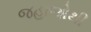
જહાજોથી